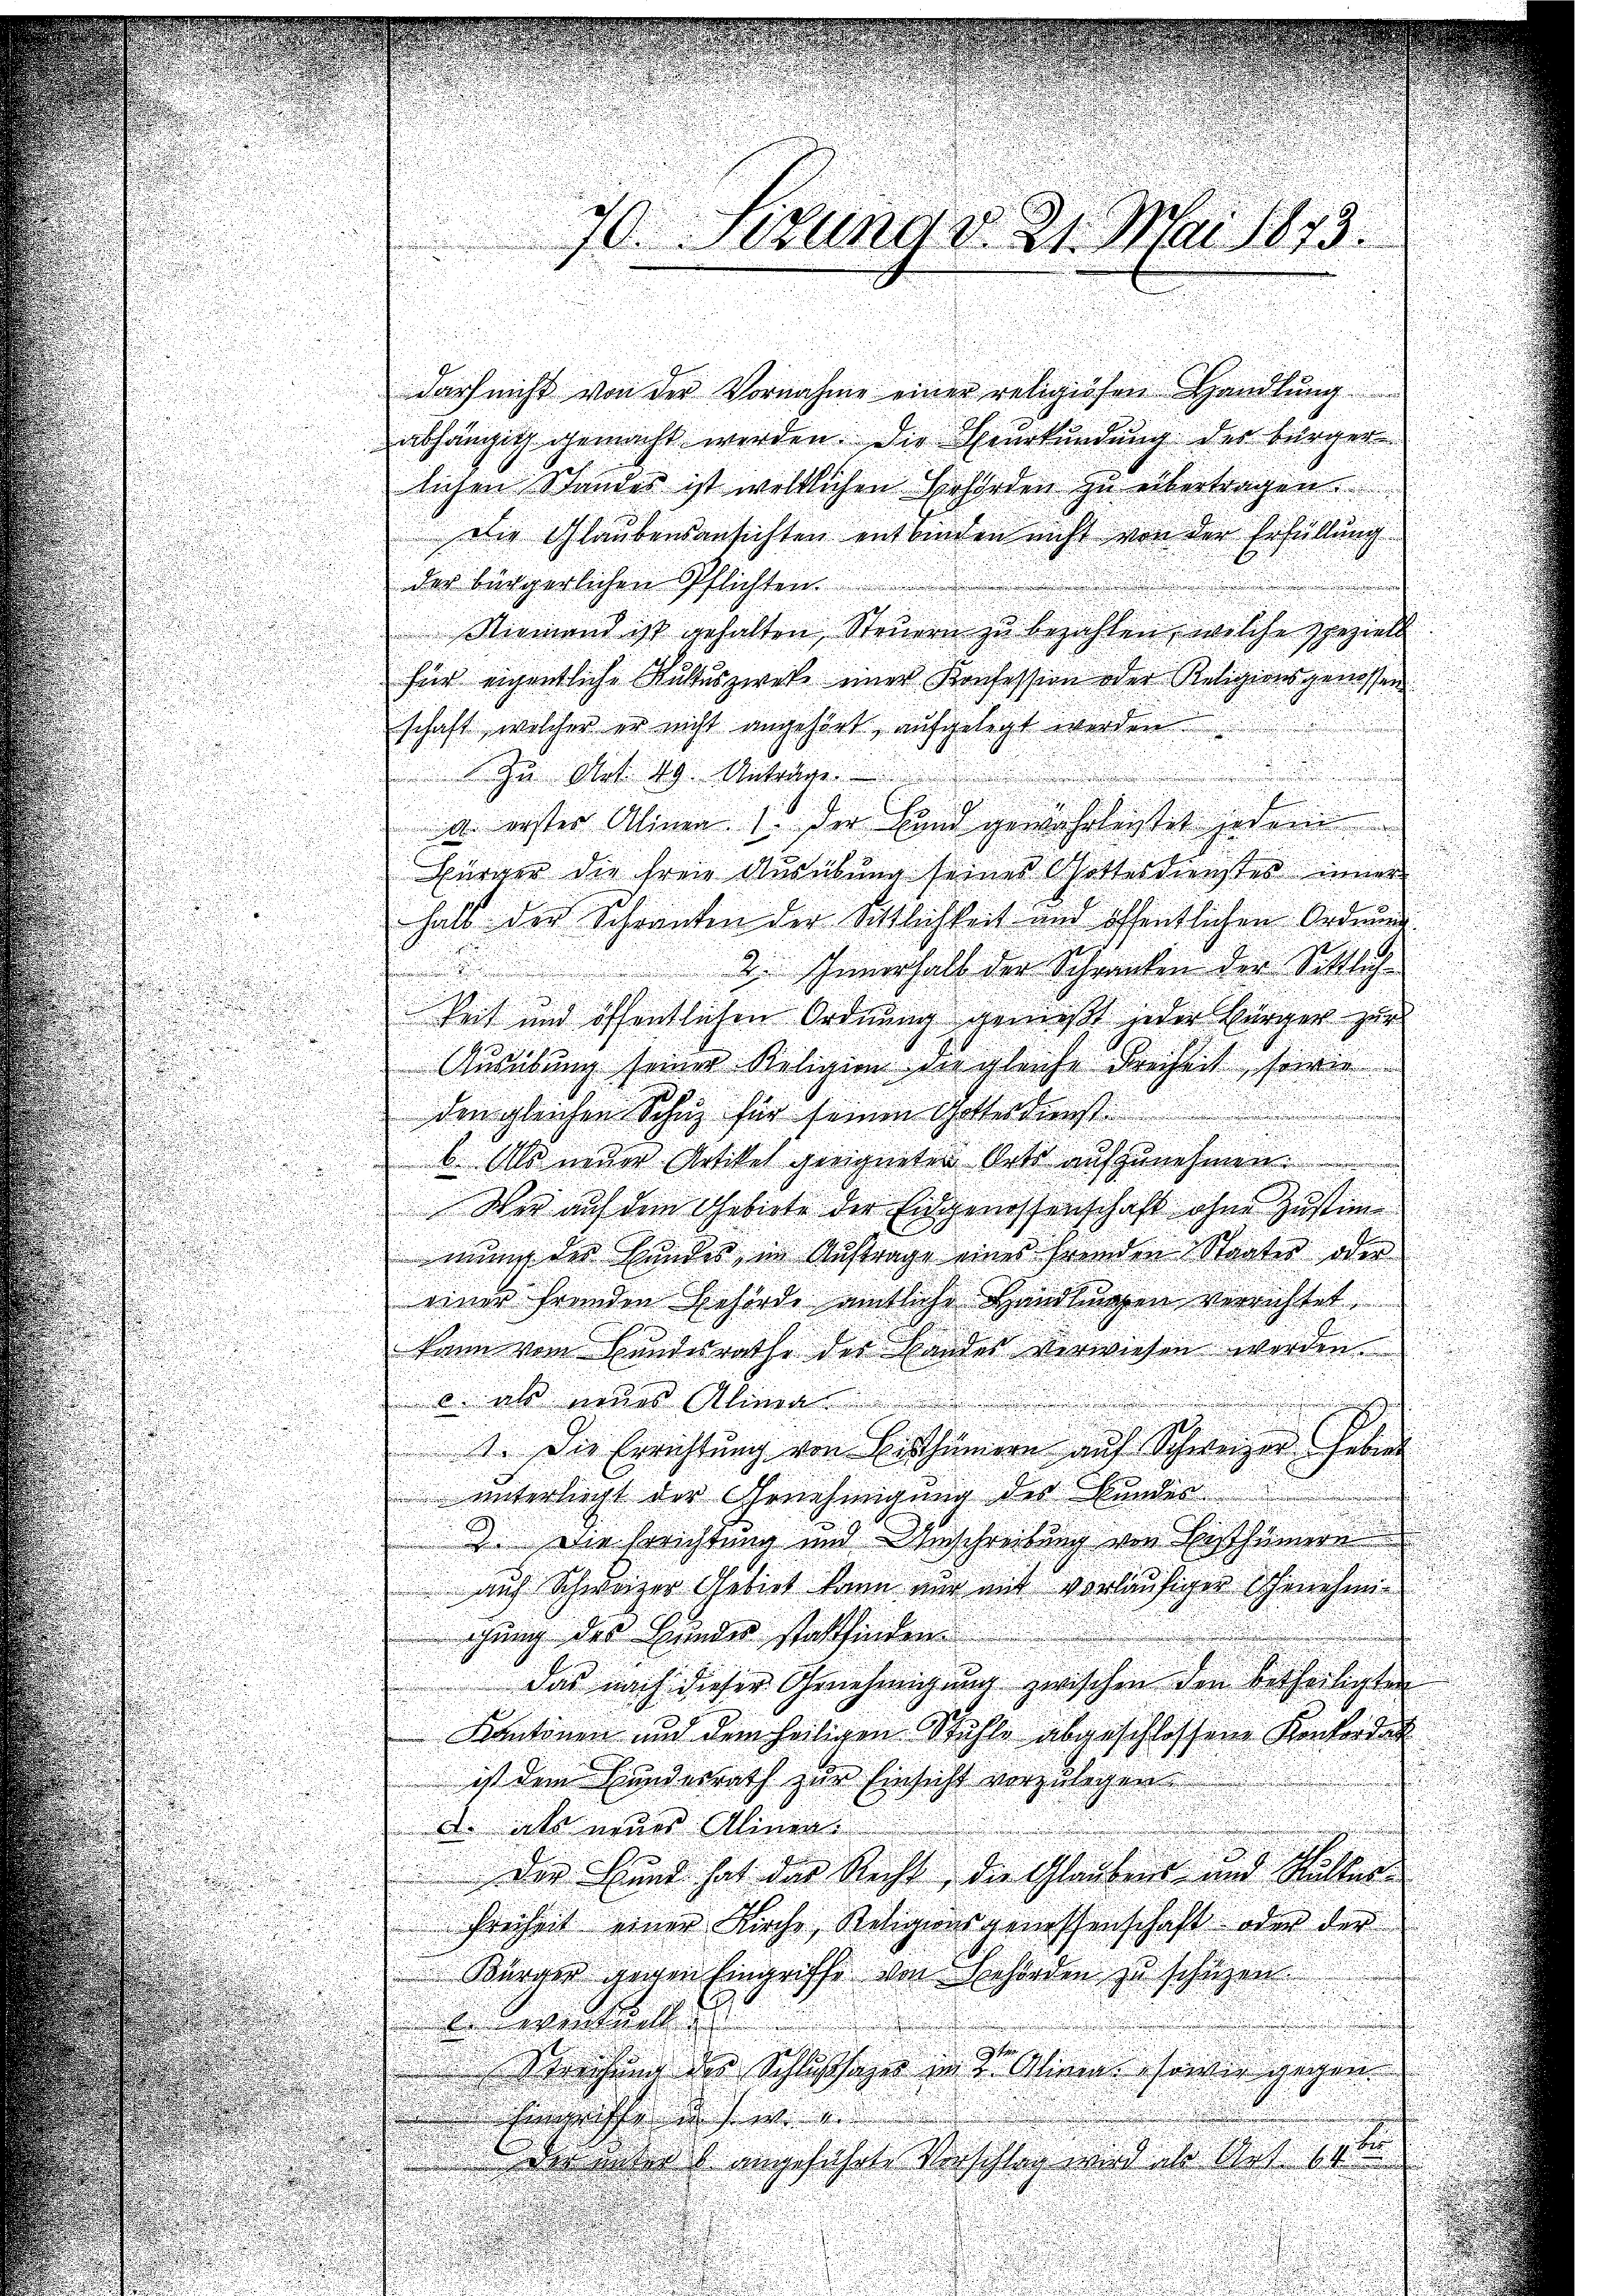
70. Sekung d. 21. Mai 1873.
darf nicht von der Vornahme einer religiösen Handlŭng

abhängig gemacht werden. Die Heurkundung der bürger
lichen Standes ist weltlichen Behörden zu übertragen.
Die Glaubensansichten entbinden nicht von der Erfüllung
der bürgerlichen Pflichten.
Niemand ist gehalten Steuern zu bezahlen, welche speziell
für eigentliche Kultuszwecke einer Konfession oder Religionsgenossen
schaft, welcher er nicht angehört aufgelegt werden
Zu Mit 49. Anträge.
4. erster Alinen 1. Der Bund gewahrlichtet jeder
Bürger die freie Ausübung seines Schottesdienstes inner
halb der Schranken der Sittlichkeit und öffentlichen Ordnung
 2. Innerhalb der Schranken der Sittlich-
keit und öffentlichen Ordnung gemest jeder Bürger zu
Ausübung seiner Religion die gleiche Denheit seinen
den gleichen Schuz für seinen Gottesdenst.

b. Als inder Artikel geeigneten Orts aufzunehmen.
Wer auf dem Gebiete der Eidgenossenschaft ohne Zustim
mung des Hundes in Auftrage eines fremden Staates oder
einer fremden Behörde amtliche Handlungen verrichtet
b
kann vom Bundesrathe der Handes verwiesen werden
b. als neues Alinen
I. Die Errichtung von Bisthümern auf Schweizer haben
unterliegt der Genehmigung der Bunder
 die Errichtung und Anschreibung von Bisthümern
auch Schwarzer Gebiet kann nur mit vorläufiger Genehmiichung des Hundes stattfinden.
das nach dieser Genehmigung zwischen den betheiligten
Kantonen und dem heiligen Stahle abgeschlossene Konkorden
ist dem Hundesrath zur Einsicht vorzulegen.
d. als eines Alinen
Der Hund hat das Recht, die Glaubens und Ristis
Freiheit einer Kirche Religionsgenossenschaft oder der
Bürger gegen Eingriffe von Behörden zu schüzen.
wentuell
Sprechung des Schlussages int. Wien sowie gegen
Eingriffe ich in
der unter 1 angeführte Vorschlag wird ihr Art. 11